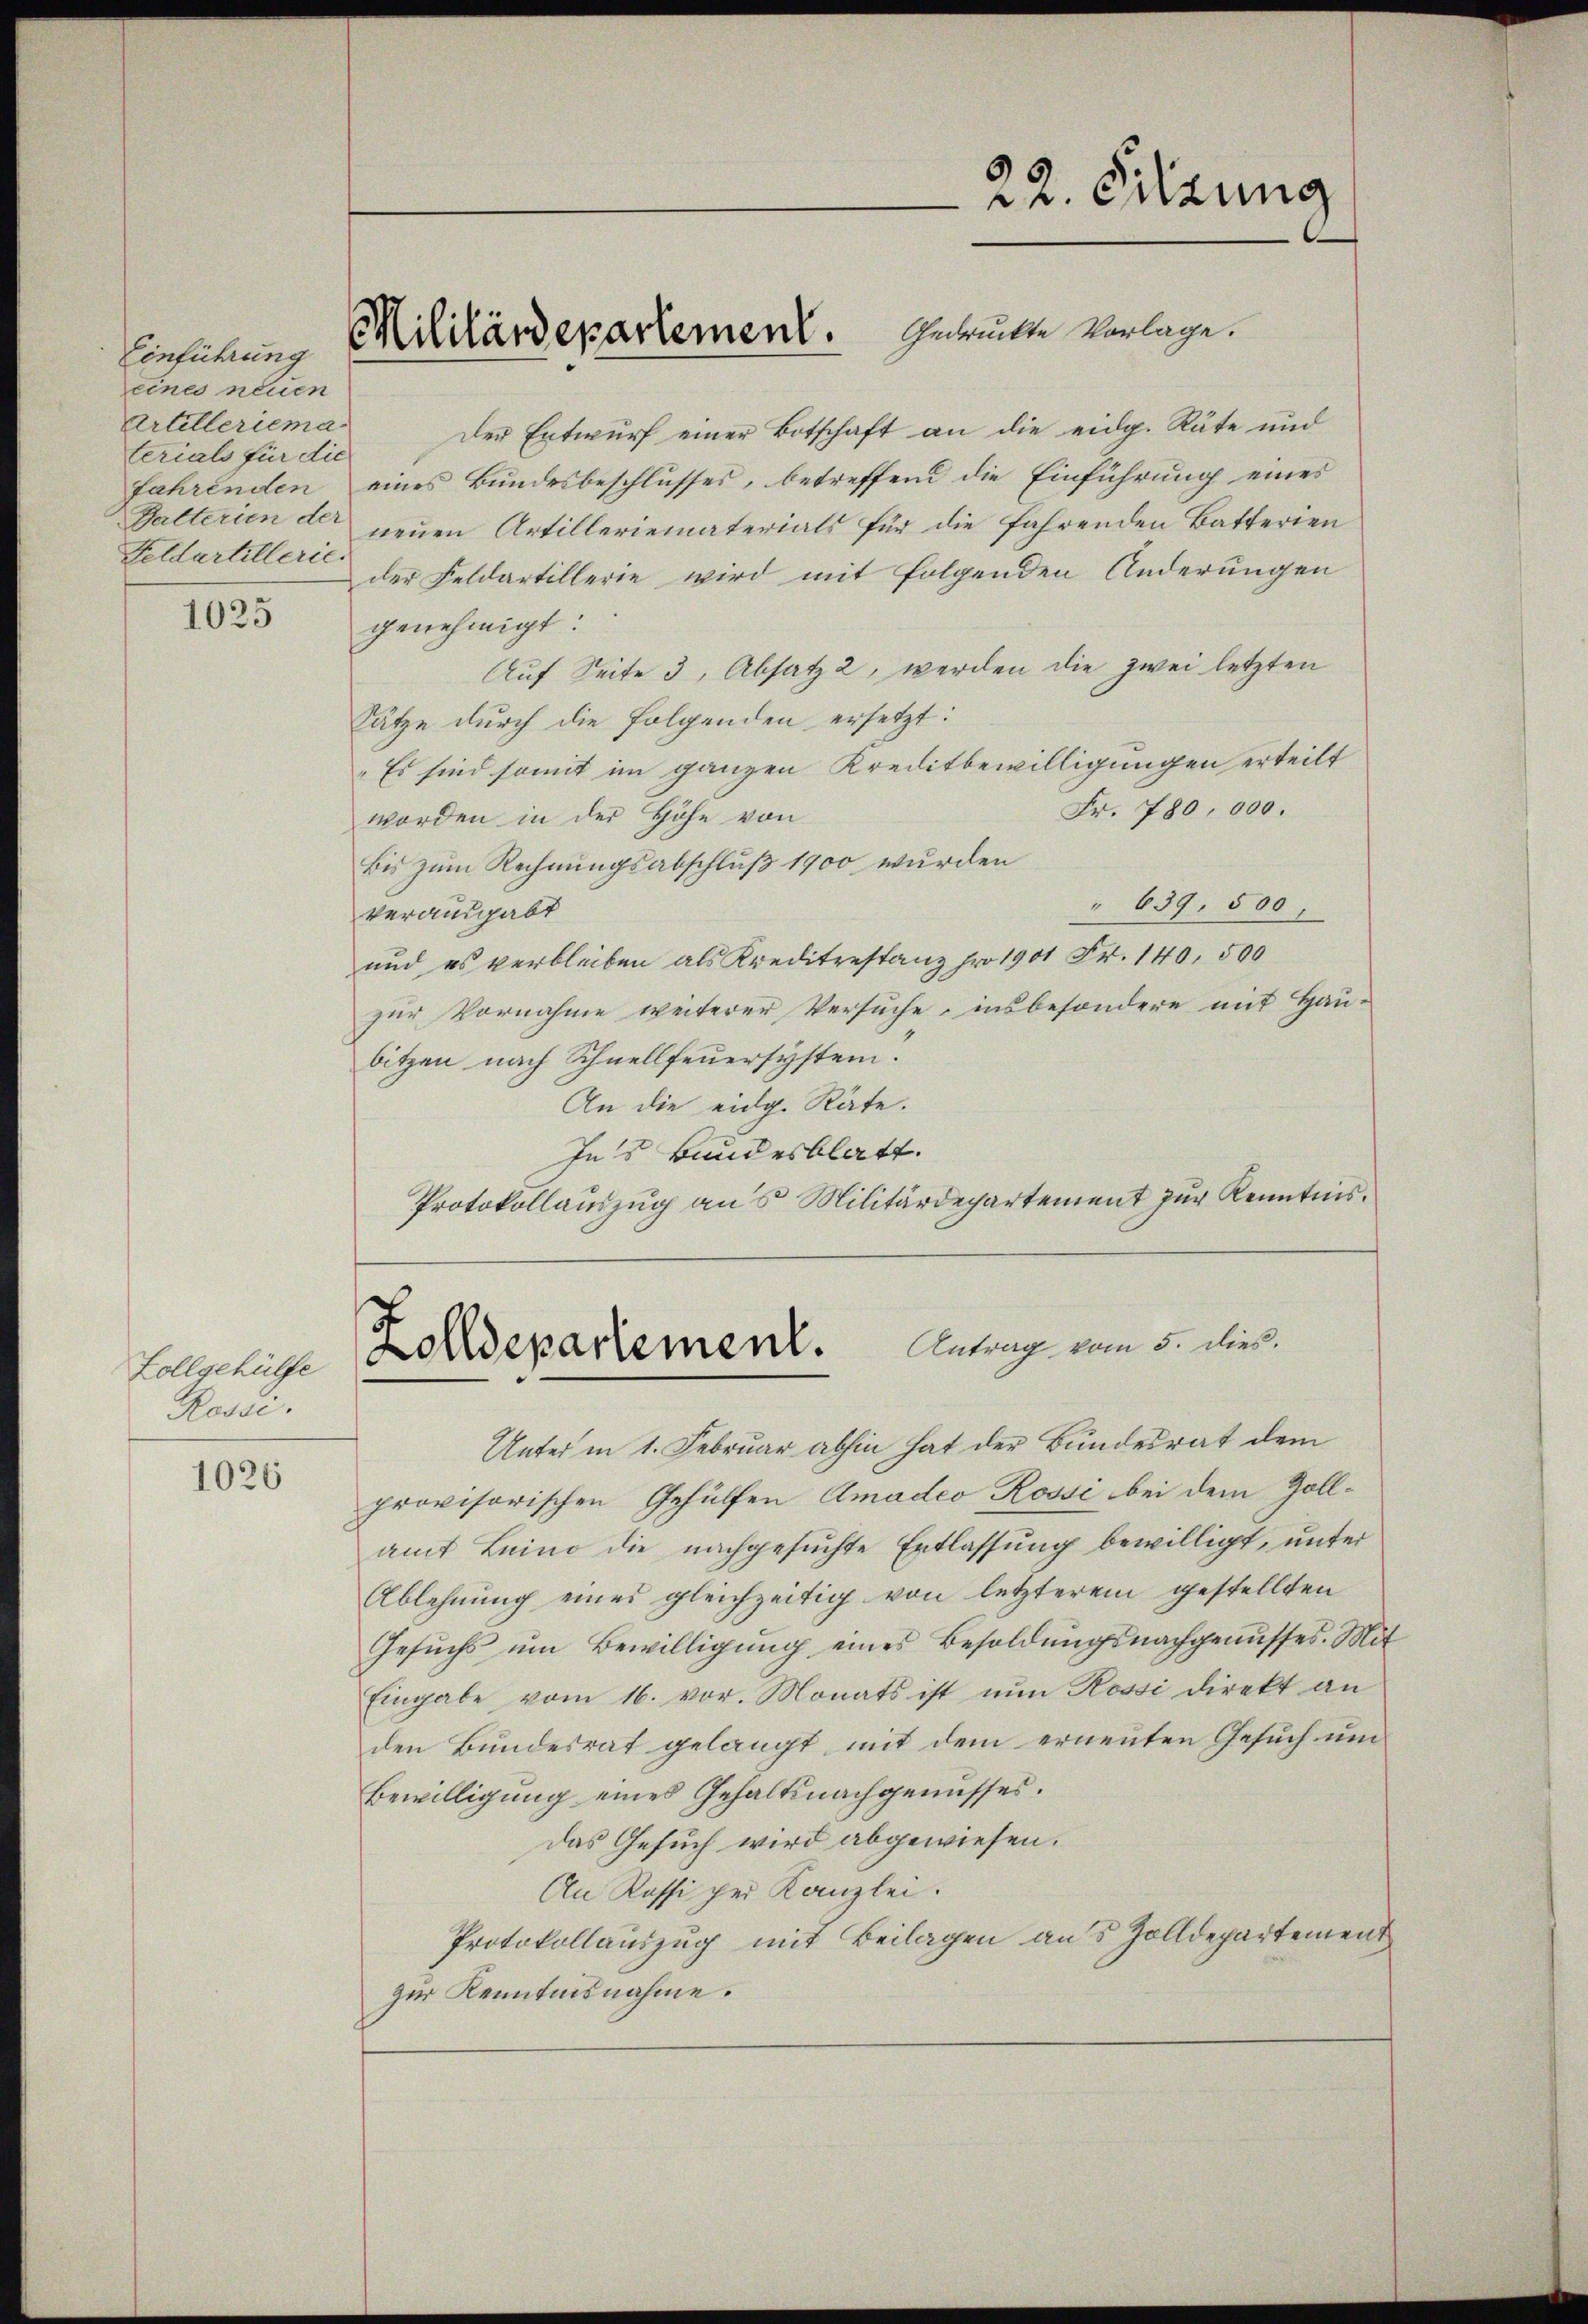
Einführung
eines neuen
Artelleriema
terials für die
Feldartillerie.

1025

Zollgehülfe
Rosse.

1026

Der Entwurf einer Botschaft an die eidg. Räte und
fahrenden eines Bundesbeschlusses, betreffend die Einführung eines
Galterien der neuen Artilleriematerials für die fahrenden Batterien
der Feldartillerie wird mit folgenden Änderungen
genehmigt.
Auf Seite 3, Absatz 2, werden die zwei letzten
Sätze durch die folgenden ersetzt:
„Es sind somit im ganzen Kreditbewilligungen erteilt
Fr. 780, 000.
worden in der Höhe von
bis zum Rechnungsabschluß 1900 wurden
639. 500.
verausgabt
und es verbleiben als Kreditestanz pro 1901 Fr. 140. 500
zur Vornahme weiterer Versuche, insbesondere mit Haubitzen nach Schnellfeuersystem.
An die eidg. Räte.
Ins Bundesblatt.
Protokollauszug aus Militärdepartement zur Kenntnis.

Unter in 1. Februar abhin hat der Bundesrat dem
provisorischen Gehülfen Amadeo Rossi bei dem Zollamt Luino die nachgesuchte Entlassung bewilligt, unter
Ablehnung eines gleichzeitig von letzterem gestellten
Gesŭch ŭm Bewilligŭng eines Besoldŭngsnachgenŭsses. Mit
Eingabe vom 16. vor. Monats ist nŭn Rossi direkt an
den Bundesrat gelangt, mit dem erneuten Gesuch und
Bewilligung eines Gehaltsnachgenusses.
das Gesuch wird abgewiesen.
An Rossi per Kanzlei.
Protokollauszug mit Beilagen aus Zolldepartement
zur Kenntnisnahme.

Militärdepartement. Gerückte Vorlage.

22. Sitzung

Zolldepartement. Antrag vom 5. dieß.